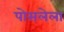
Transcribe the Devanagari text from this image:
पोसलेला